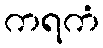
ကရကံ